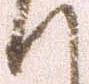
て